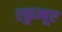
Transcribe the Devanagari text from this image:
एळुम्बूर